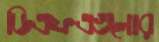
ডিএফএগুলোর